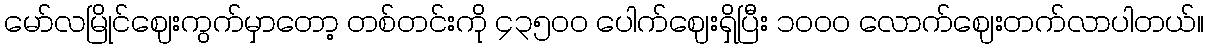
မော်လမြိုင်ဈေးကွက်မှာတော့ တစ်တင်းကို ၄၃၅၀၀ ပေါက်ဈေးရှိပြီး ၁၀၀၀ လောက်ဈေးတက်လာပါတယ်။